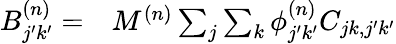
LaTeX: \begin{array}{rl}{B_{j^{\prime}k^{\prime}}^{(n)}=}&{{}M^{(n)}\sum_{j}\sum_{k}\phi_{j^{\prime}k^{\prime}}^{(n)}C_{jk,j^{\prime}k^{\prime}}}\end{array}